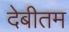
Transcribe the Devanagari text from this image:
देबीतम